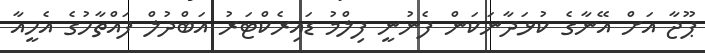
ޕޫޖާ އަށް އޭނާގެ ކުޅަދާނަކަން ފެނުނީ ފިލްމު ޑައިރެކްޓަރު އަބްދުލް ފައްތާހުގެ އެހީއާ